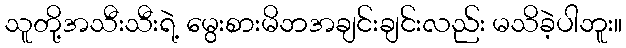
သူတို့အသီးသီးရဲ့ မွေးစားမိဘအချင်းချင်းလည်း မသိခဲ့ပါဘူး။